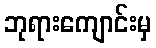
ဘုရားကျောင်းမှ